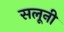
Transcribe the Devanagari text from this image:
सलूनी